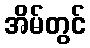
အိမ်တွင်